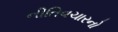
નીતિવચારનો